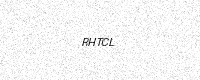
Text: RHTCL